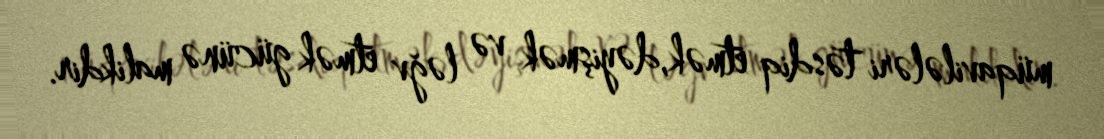
müqavilələri təsdiq etmək,dəyişmək və ləğv etmək gücünə malikdir.